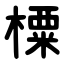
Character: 㯨